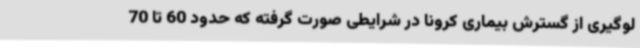
لوگیری از گسترش بیماری کرونا در شرایطی صورت گرفته که حدود 60 تا 70